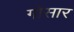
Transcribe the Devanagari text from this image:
गोसार